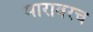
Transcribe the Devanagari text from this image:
मारावरच